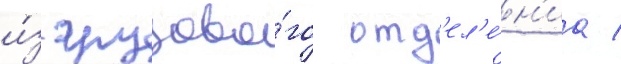
и́з грузово́го отд'ел'е́н'иа /